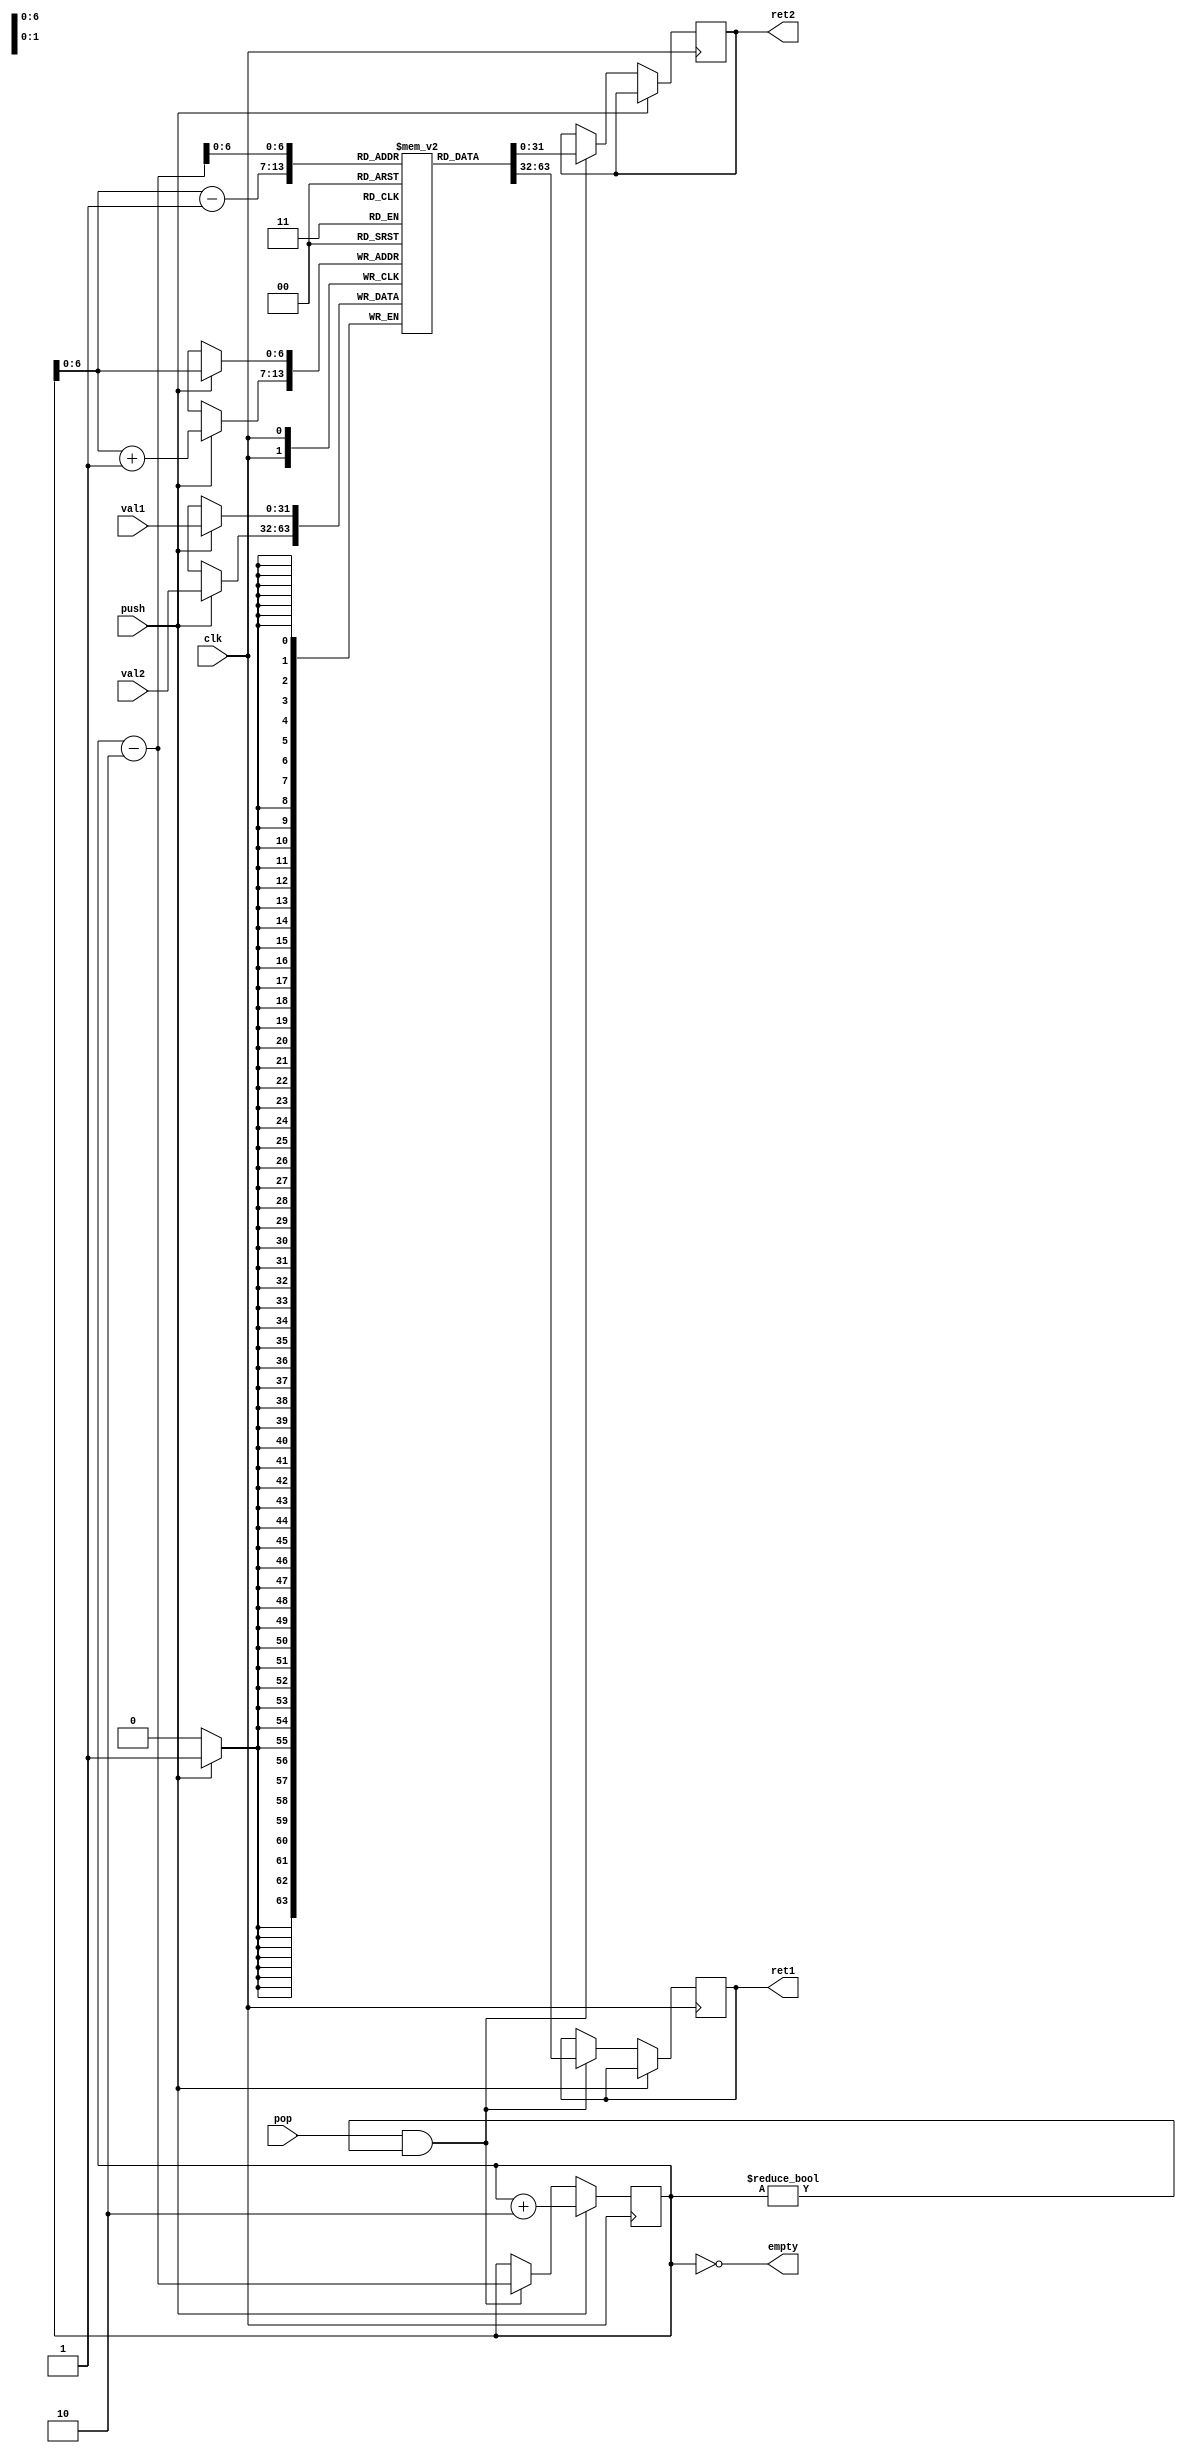
module stack(clk,val1,val2,push,pop,ret1,ret2,empty);
parameter N = 64;
input[31:0] val1,val2;
input clk,push,pop;
output reg empty;
output reg[31:0] ret1,ret2;
reg[31:0]  counter;
reg[31:0] mem[0:N];
always @(posedge clk) begin
    if(push)begin
        mem[counter]<=val1;
        mem[counter+1]<=val2;
        counter<=counter+2;
    end
    else if(pop && counter!=0)begin
      ret1<=mem[counter-1];
      ret2<=mem[counter-2];
      counter<=counter-2;
    end
end
always @(counter) begin
    empty<=(counter==0);
end
endmodule